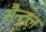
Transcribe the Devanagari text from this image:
सैन्ट्रल